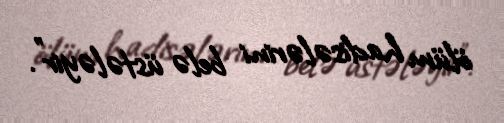
ölüm hadisələrini belə üstələyir”.